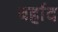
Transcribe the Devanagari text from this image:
बर्हाद